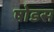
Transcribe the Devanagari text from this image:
षोडस